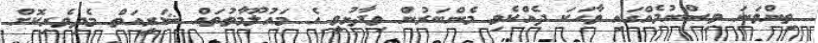
ތިންވަނަ ވިސްނުމެއްގައި ވާހަކަ ދެއްކެވި މެންބަރުން ވިދާޅުވީ އެ މައުލޫމާތުތައް ޝަރީއަތް މެދިވެރިކޮށް